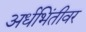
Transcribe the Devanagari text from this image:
अर्धभिंतीवर